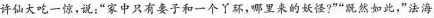
”许仙大吃一惊，说：”家中只有要子和一个丫环，哪里来的妖怪?”“既然如此，”法海